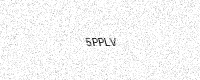
Text: 5PPLV